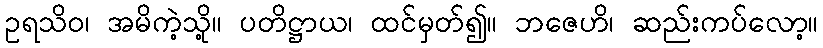
ဥရသိဝ၊ အမိကဲ့သို့။ ပတိဋ္ဌာယ၊ ထင်မှတ်၍။ ဘဇေဟိ၊ ဆည်းကပ်လော့။